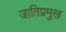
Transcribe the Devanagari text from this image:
जातिप्रमुख